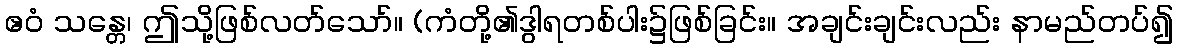
ဧဝံ သန္တေ၊ ဤသို့ဖြစ်လတ်သော်။ (ကံတို့၏ဒွါရတစ်ပါး၌ဖြစ်ခြင်း။ အချင်းချင်းလည်း နာမည်တပ်၍